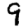
Digit: 9